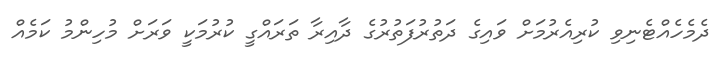
ދެމެހެއްޓެނިވި ކުރިއެރުމަށް ވައިގެ ދަތުރުފަތުރުގެ ދާއިރާ ތަރައްގީ ކުރުމަކީ ވަރަށް މުހިންމު ކަމެއް